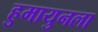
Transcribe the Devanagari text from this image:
हुमायुनला